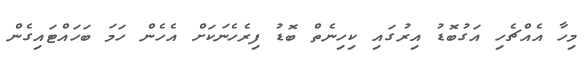
މިހާ އެއްޗެހި އަގުބޮޑު އިރުގައި ކިހިނެތް ބޮޑު ފިރެހެނަކަށް އެހެން ހަމަ ބަހައްޓައިގެން